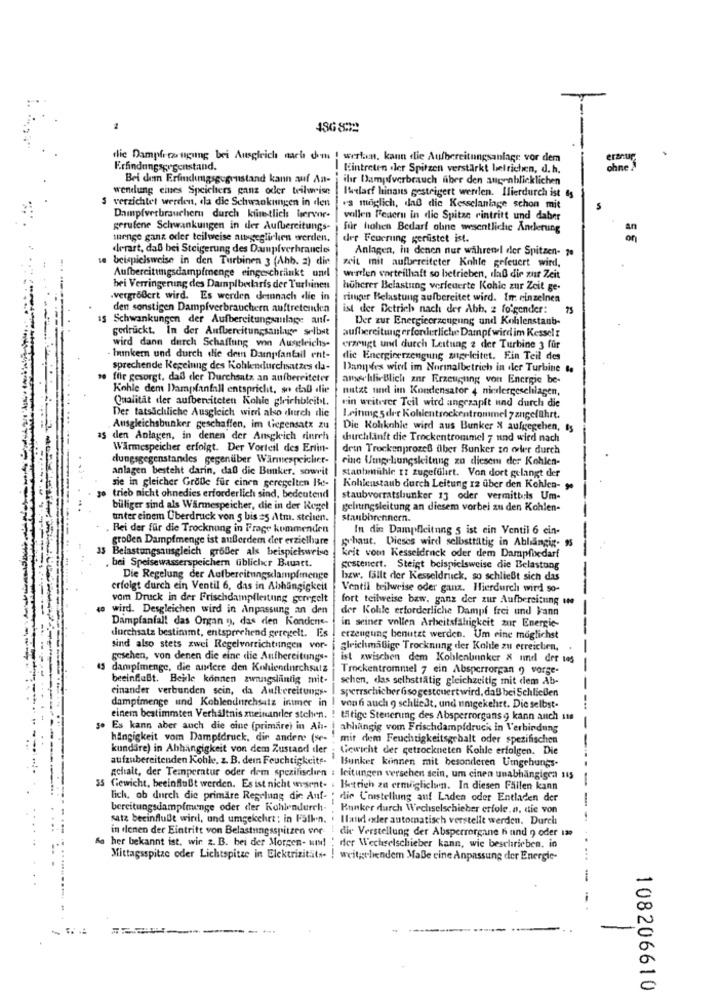
486822
flic Dampfros tigung bei Ausgleich nach dem ! werten, kann die Aufbereitungsanlagr vor dem
eranur
Eintreten dler Spitzen verstärkt befrichen, d. h.
ohne
Bei dem Erfichumgsgegenstand kann auf An-
ihr Dampfverbrauch fiber den augenblicklichen
wendung cines Speichers ganz oder teilweise
ludarf hinaus gesteigert werden. Ilierdurch ist
S verzichtet werden, da die Schwankungen in den
es möglich, daß die Kesselanlage schon mit
Dampfverbrauchern durch kiinestlich hervor-
vollen Feueru in die Spitze eintritt und daber
gerufene Schwankungen in der Aufbereitungs-
für hohen Bedarf oline wesentliche Anderung
thenge ganz oder teilweise ausgeglichen werden.
der Feuerung gerlistet ist.
on
derart, daß bei Steigerung des Damuplverhraneles
Anlagen, in denen nur wahrenil der Spitzen- 70
se beispielsweise in den Turbinen 3 (Ahb. 2) din
weit mit aufbereiteter Kohle gefeuert wird,
Aufbereitungsdampfmenge eingeschränkt und
wearlen vorteilhaft so betrieben, daß dir zur Zeit
bei Verringerung des Damplbeliris der Turbinen
hüherer Belastung verfeuerte Kohle zur Zeit ge-
.vergrößert wird. Es werden demnach die in
ringer Belastung aufbereitet wird. Im einzelnen
den sonstigen Dampfverbrauchern auftretenden
ist der Detrich nach der Ahh. 2 folgender:
§ Schwankungen der Aufbereitungsanlage anf-
Der zur Energieerzeugung und Kohlenstaub-
gedrückt. In der Aufbereitungsanlute selbst
aufbereitung erforderliche Dampf wird im Kessel z
wird dann durch Schaffung von Ausgleichs-
erzeugt und durch Leitung z der Turbine 3 für
- Ininkern und durch die dem Dampfantall ent-
die Energieerzeugung zngeleitet. Ein Teil des
sprechende Keseinng des Kohlendurchsatzes da-
Dansdes wird im Normalbetrich in dler Turbine ..
to ffie gesorgt, daß der Durchsatz an aufbereiteter
anse blirBlich zur Erzeugung von Energie be-
Kohle dem Dampfanfall entspricht, so daß die
nutzt und im Kondensator 4 niedergeschlagen,
Qualität der aufbereiteten Kohle gleichbleibt.
ein weiterer Teil wird angrzapft und durch die
Der tatsächliche Ausgleich wieri also durch die
Leinmg 5der Kohlentrockentrommel 7zugeführt.
. Ausgleichsbunker geschaffen, im ticpensatx zu
Die Kolkohle wird aus Bunker & aufgegeben, is
as den Anlagen, in denen der Ansckich durch
durchläuft die Trockentrommel 7 und wird nach
Warmespeicher erfolgt. Der Vorteil des Ertin-
detn Trockenprozeß ilber Bunker zo oder durch
elungsgegenstandes gegenüber Wärmespeicher-
rine Umgehungsleitung zu diesem der Kohlen-
anlagen besteht darin, daß die Bunker, sonwvit
staphmihle tt zugeführt. Von dort gelangt der
sie in gleicher Grolle für einen geregelten It-
Kohlenstaub durch Leitung 12 über den Kohlen- ye
ge trieb nicht ohnedies erforderlich sind, bedeutend
staubvorratsbunker 13 oder vermittels Um-
billiger sind als Wärmespeicher, die in der Regel
gelitingsleitung an diesem vorbei zu den Kohlen-
unter einem Überdruck von 5 bis =5 Atm. stellen.
staubbrennern.
. Bei der für die Trocknung in Frage kommenden
In die Dampfleitung 5 ist ein Ventil 6 cin-
großen Dampfmenge ist außerdem der erzielbare
schaut. Dieses wird selbsttiltig in Abhängig- $3
33 Belastungsausgleich größer als beispielsweise
krit vom Kesseldrack oder dem Dampfbedarf
. bei Speisewasserspeichern fiblicher Buart.
gestentert. Steigt beispielsweise die Belastung
Die Regelung der Aufbereitungsclampfmenge
bzw. fällt der Kesseldruck, so schließt sich das
erfolgt durch ein Ventil 6, das in Abhängigkeit
Ventil teilweise oder ganz. Hierdurch wird so-
vom Druck in der Frischdampfleitung geregelt
fort teilweise bzw. ganz der zur Aufbereitung une
to wird. Desgleichen wird in Anpassung an den
der Kohle erforderliche Dampf frei und kann
Dampfanfall das Organ 9, das den Kondene-
in seiner vollen Arbeitsfähigkeit zur Energie-
durchsatz bestimmt, entsprechend geregelt. Es
erzeugung benutzt werden. Um eine möglichst
sind also stets zwei Regelvorrichtungen vor-
gleichmäßige Trocknung der Kolile zu erreichen,
gesehen, von denen die eine die Aufbereitungs.
ist zwischen dem Kohlenbunker & umd der tes
45 dampfmenge, die andere den Kohlendurchsatz
Trockentrommel 7 ein Absperrorgan o vorge-
-
beeinflußt. Beile konnen zwangslintig mit-
schen, das selhsttätig gleichzeitig mit dem Ab-
einander verbunden sein, da Aufbereitungs-
sperrschicher Gisogesteuert wird, daß bei Schließen
dampfmenge und Koblendurchsatz intmer in ! vond auch 9 schließt, und umgekehrt. Die selbst-
einem bestimmten Verhältnis zueinander stehen. ! tätige Steuerung des Absperrorgans 9 kann auch sms
s. Es kann aber auch die cine (primare) in Ah- | abhängig vom Frischdampfdruck in Verbindung
hängigkeit vom Dampfdruck, din anders (se- . mit dem Feuchtigkeitsgehalt oder spezifischen
kundare) in Abhängigkeit von dem Zustand der ; Gewicht der getrockneten Kohle erfolgen. Die
--
aufzubereitenden Kohle. z. B. dein Feuchtigkeits- Bunker kiinnen mit besonderen Umgebungs.
gehalt, der Temperatur oder dem spezifischen : leitungen versehen sein, um einen unabhängigen 115
-
35 Gewicht, beeinflußt werden. Es ist nicht unsent- . Betrich zu ermöglichen. In diesen Fällen kann
lich, ob durch die primare Regelung die Auf- ; die Cnistellung auf Laden oder Entladen der
-
bereitungsdampfmenge oder der Kohlendurch- . Bunker durch Wechselschieber erfole.a, die von
satz beeinflullt wird, und umgekehrt; in Falken. . Iland xler automatisch verstellt werden. Durch
in denen der Eintritt von Belastungsspitzen ene : die Verstellung der Absperrorgane h und 9 oder is
fa her bekannt ist. wir z. B. bei der Morgen- win! ' der Wechselschieber kann, wie beschrieben, in
Mittagsspitze oder Lichtspitze in Elektrizitäts ! weitgehendem MaBe cine Anpassung der Energie-
108206610